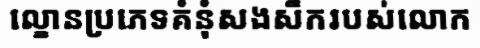
ល្ខោនប្រភេទគំនុំសងសឹករបស់លោក